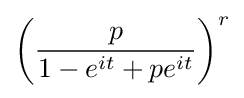
\left({\frac {p}{1-e^{it}+pe^{it}}}\right)^{r}